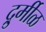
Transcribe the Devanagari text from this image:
दुर्र्मीळ